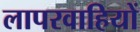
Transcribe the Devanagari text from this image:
लापरवाहियों